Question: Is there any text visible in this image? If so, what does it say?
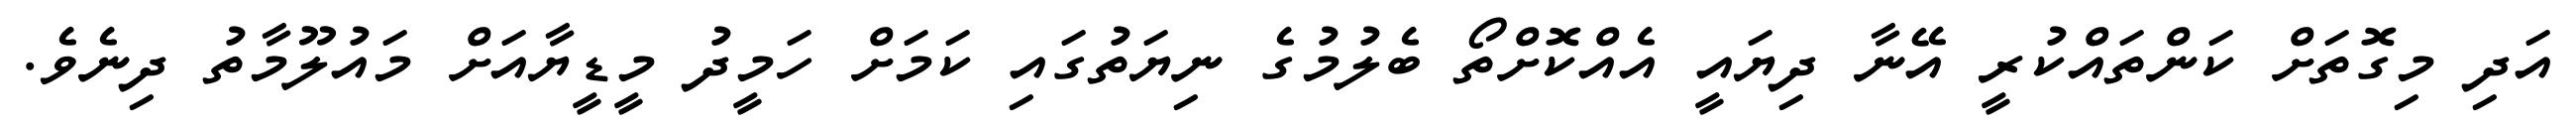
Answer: އަދި މިގޮތަށް ކަންތައްކުރީ އޭނާ ދިޔައީ އެއްކޮށްތޯ ބެލުމުގެ ނިޔަތުގައި ކަމަށް ހަމީދު މީޑީޔާއަށް މައުލޫމާތު ދިނެވެ.